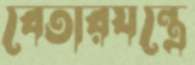
বেতারযন্ত্রে